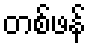
တစ်ဖန်